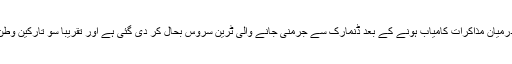
دوسری جانب ڈنمارک میں تارکین وطن اور پولیس کے درمیان مذاکرات کامیاب ہونے کے بعد ڈنمارک سے جرمنی جانے والی ٹرین سروس بحال کر دی گئی ہے اور تقریبا سو تارکین وطن ڈنمارک میں رجسٹریشن کروانے پر رضامند ہوئے ہیں۔